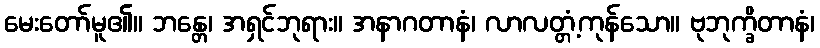
မေးတော်မူ၏။ ဘန္တေ၊ အရှင်ဘုရား။ အနာဂတာနံ၊ လာလတ္တံ့ကုန်သော။ ဗုဘုက္ခိတာနံ၊